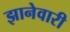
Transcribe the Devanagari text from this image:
झानेवारी